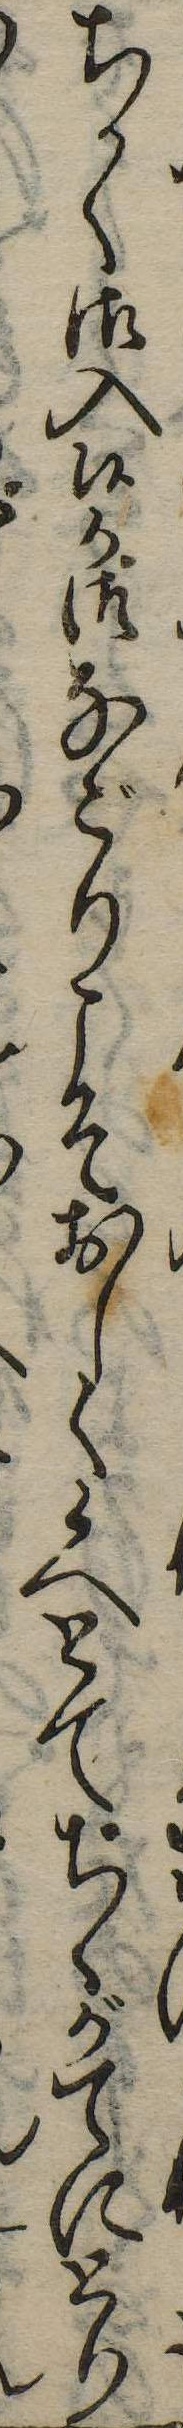
ちかく御入候か御なごりこそおしく候へとてちゝがてにとり